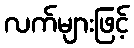
လက်များဖြင့်